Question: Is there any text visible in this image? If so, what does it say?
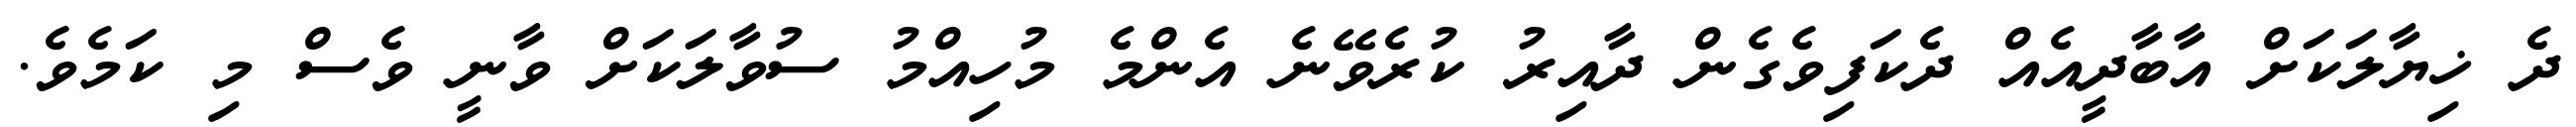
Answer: ދެ ޚިޔާލަކަށް އާބާދީއެއް ދެކަފިވެގެން ދާއިރު ކުރެވޭނެ އެންމެ މުހިއްމު ސުވާލަކަށް ވާނީ ވެސް މި ކަމެވެ.